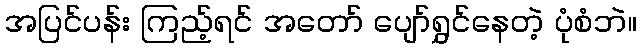
အပြင်ပန်း ကြည့်ရင် အတော် ပျော်ရွှင်နေတဲ့ ပုံစံဘဲ။